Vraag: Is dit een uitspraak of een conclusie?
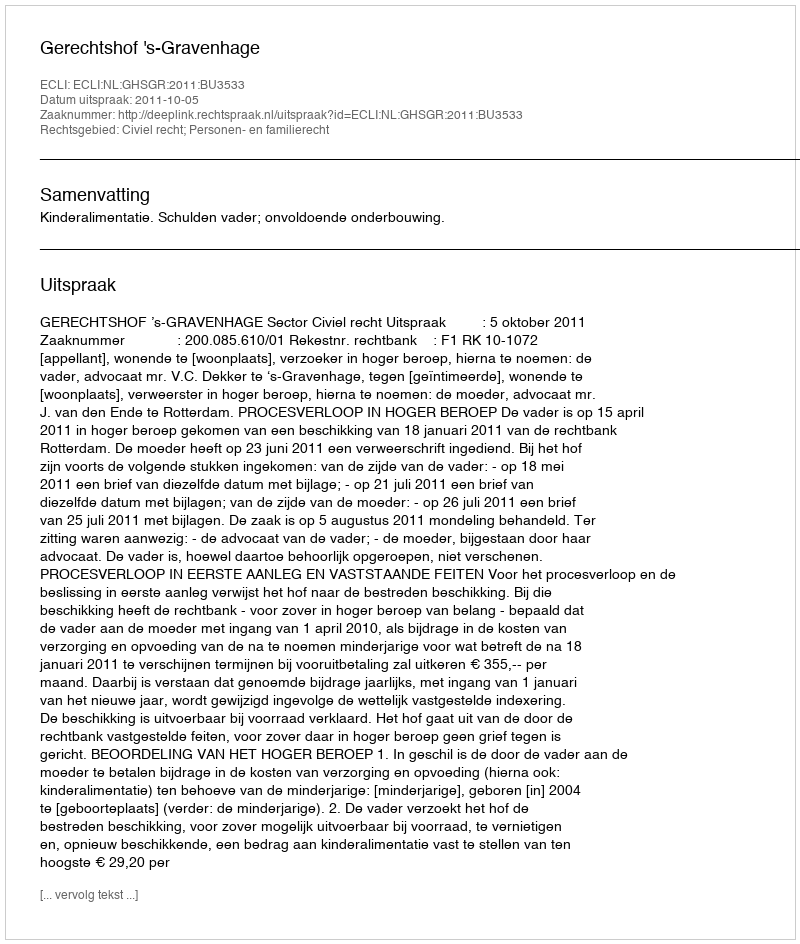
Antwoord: Uitspraak